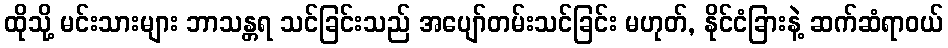
ထိုသို့ မင်းသားများ ဘာသန္တရ သင်ခြင်းသည် အပျော်တမ်းသင်ခြင်း မဟုတ်, နိုင်ငံခြားနဲ့ ဆက်ဆံရာဝယ်